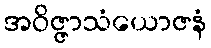
အဝိဇ္ဇာသံယောဇနံ